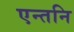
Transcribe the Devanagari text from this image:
एन्तनि